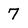
Character: 7